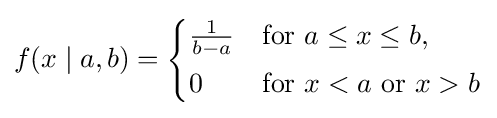
f(x\mid a,b)={\begin{cases}{\frac {1}{b-a}}&{\text{for }}a\leq x\leq b,\\[3pt]0&{\text{for }}x<a{\text{ or }}x>b\end{cases}}